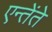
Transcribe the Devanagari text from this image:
एन्तेंते